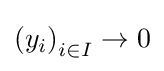
\left(y_{i}\right)_{i\in I}\to 0